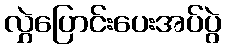
လွှဲပြောင်းပေးအပ်ပွဲ